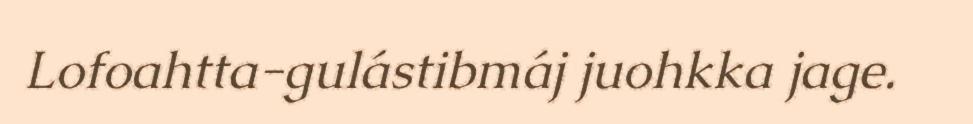
Lofoahtta-gulástibmáj juohkka jage.